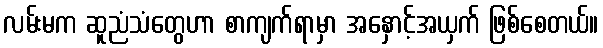
လမ်းမက ဆူညံသံတွေဟာ စာကျက်ရာမှာ အနှောင့်အယှက် ဖြစ်စေတယ်။